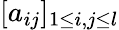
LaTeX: [a_{ij}]_{1\leq i,j\leq l}